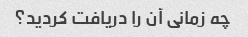
چه زمانی آن را دریافت کردید؟